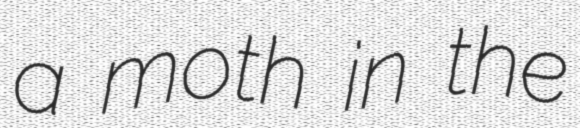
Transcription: a moth in the